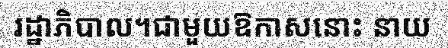
រដ្ឋាភិបាល។ជាមួយឱកាសនោះ នាយ